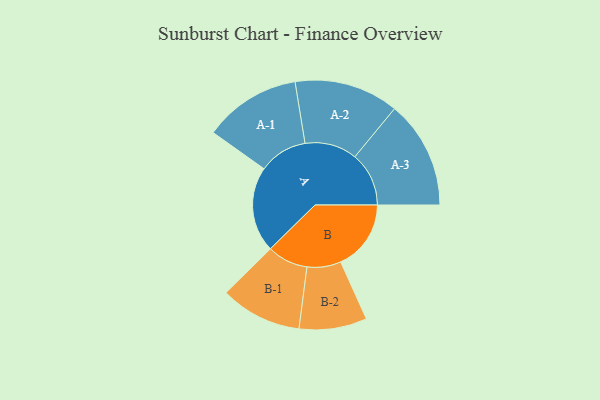
{"axis": {"x": "Segment", "y": "Value"}, "legend": ["", "A", "B"], "data": [{"x": "A", "y": 472, "type": ""}, {"x": "B", "y": 388, "type": ""}, {"x": "A-1", "y": 268, "type": "A"}, {"x": "A-2", "y": 288, "type": "A"}, {"x": "A-3", "y": 298, "type": "A"}, {"x": "B-1", "y": 225, "type": "B"}, {"x": "B-2", "y": 187, "type": "B"}]}